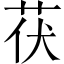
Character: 茯